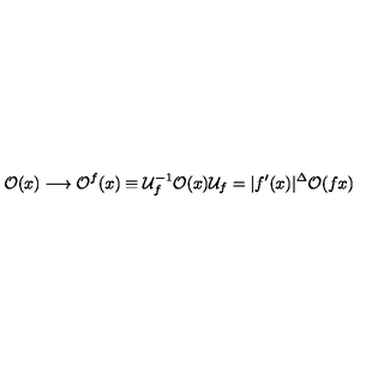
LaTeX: { \cal O } ( x ) \longrightarrow { \cal O } ^ { f } ( x ) \equiv { \cal U } _ { f } ^ { - 1 } { \cal O } ( x ) { \cal U } _ { f } = | f ^ { \prime } ( x ) | ^ { \Delta } { \cal O } ( f x )